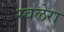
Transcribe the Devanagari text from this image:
स्वलेरा